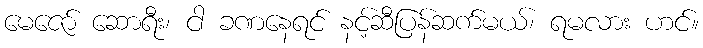
မေဇော် ဆောရီး၊ ငါ ခဏနေရင် နင့်ဆီပြန်ဆက်မယ်၊ ရမလား ဟင်။